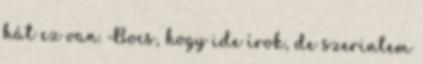
hát ez van. Bocs, hogy ide írok, de szerintem